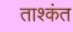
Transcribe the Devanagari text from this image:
ताश्कंत